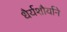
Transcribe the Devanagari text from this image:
धैर्यशौर्याने